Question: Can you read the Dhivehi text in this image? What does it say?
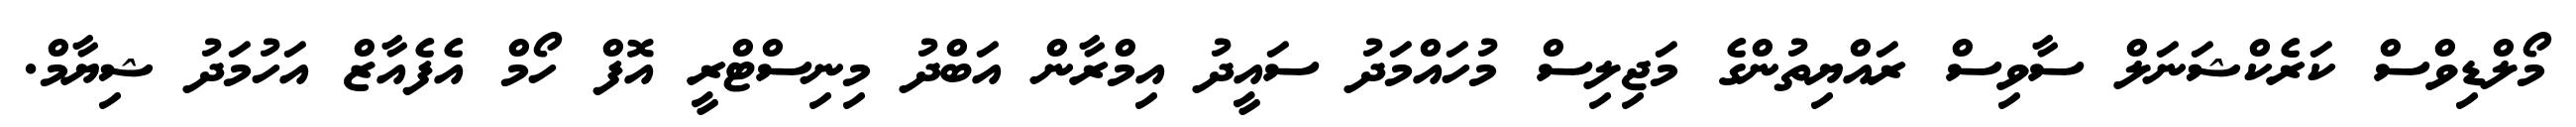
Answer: މޯލްޑިވްސް ކަރެކްޝަނަލް ސާވިސް ރައްޔިތުންގެ މަޖިލިސް މުހައްމަދު ސައީދު އިމްރާން އަބްދު މިނިސްޓްރީ އޮފް ހޯމް އެފެއާޒް އަހުމަދު ޝިޔާމް.